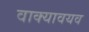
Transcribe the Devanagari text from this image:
वाक्यावयव